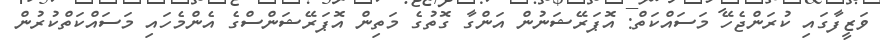
ވަޒީފާގައި ކުރަންޖެހޭ މަސައްކަތް: އޮޕަރޭޝަނުން އަންގާ ގޮތުގެ މަތިން އޮޕަރޭޝަންސްގެ އެންމެހައި މަސައްކަތްކުރުން